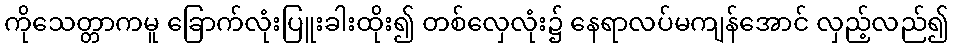
ကိုသေတ္တာကမူ ခြောက်လုံးပြူးခါးထိုး၍ တစ်လှေလုံး၌ နေရာလပ်မကျန်အောင် လှည့်လည်၍